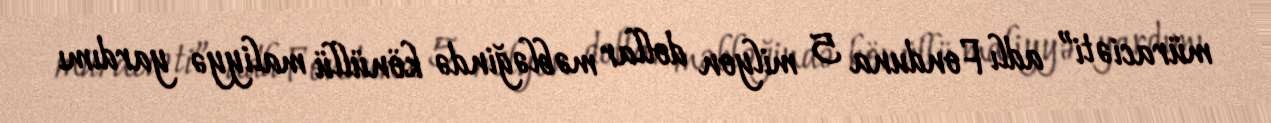
müraciəti” adlı Fonduna 5 milyon dollar məbləğində könüllü maliyyə yardımı